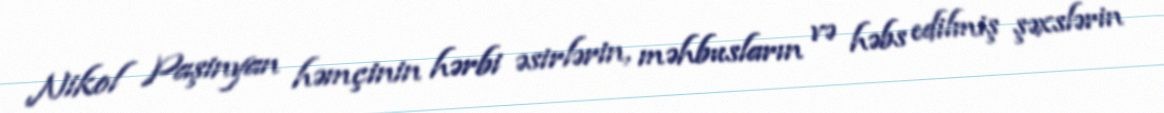
Nikol Paşinyan həmçinin hərbi əsirlərin, məhbusların və həbs edilmiş şəxslərin